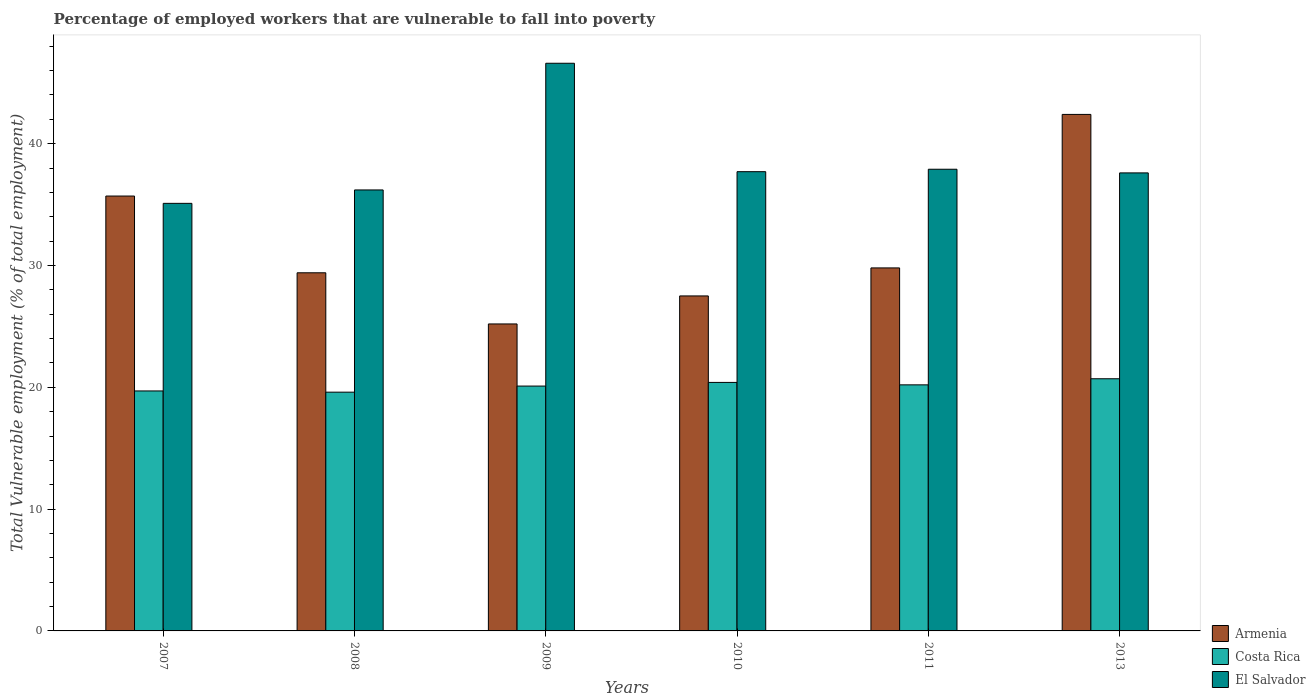
| Years | Armenia | Costa Rica | El Salvador |
 | --- | --- | --- | --- |
 | 2007 | 35.7 | 19.7 | 35.1 |
 | 2008 | 29.4 | 19.6 | 36.2 |
 | 2009 | 25.2 | 20.1 | 46.6 |
 | 2010 | 27.5 | 20.4 | 37.7 |
 | 2011 | 29.8 | 20.2 | 37.9 |
 | 2013 | 42.4 | 20.7 | 37.6 |